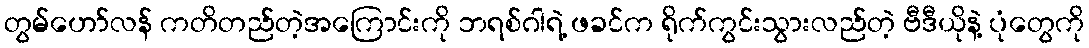
တွမ်ဟော်လန် ကတိတည်တဲ့အကြောင်းကို ဘရစ်ဂါရဲ့ ဖခင်က ရိုက်ကွင်းသွားလည်တဲ့ ဗီဒီယိုနဲ့ ပုံတွေကို